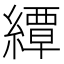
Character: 𦅰